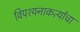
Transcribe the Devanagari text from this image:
विपश्यनाकर्त्याचा